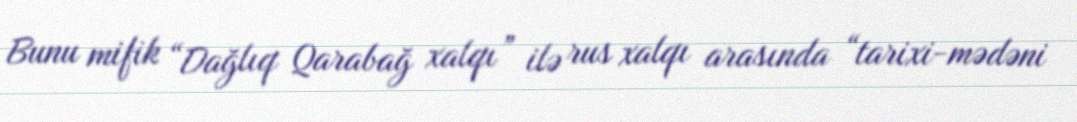
Bunu mifik “Dağlıq Qarabağ xalqı” ilə rus xalqı arasında “tarixi-mədəni